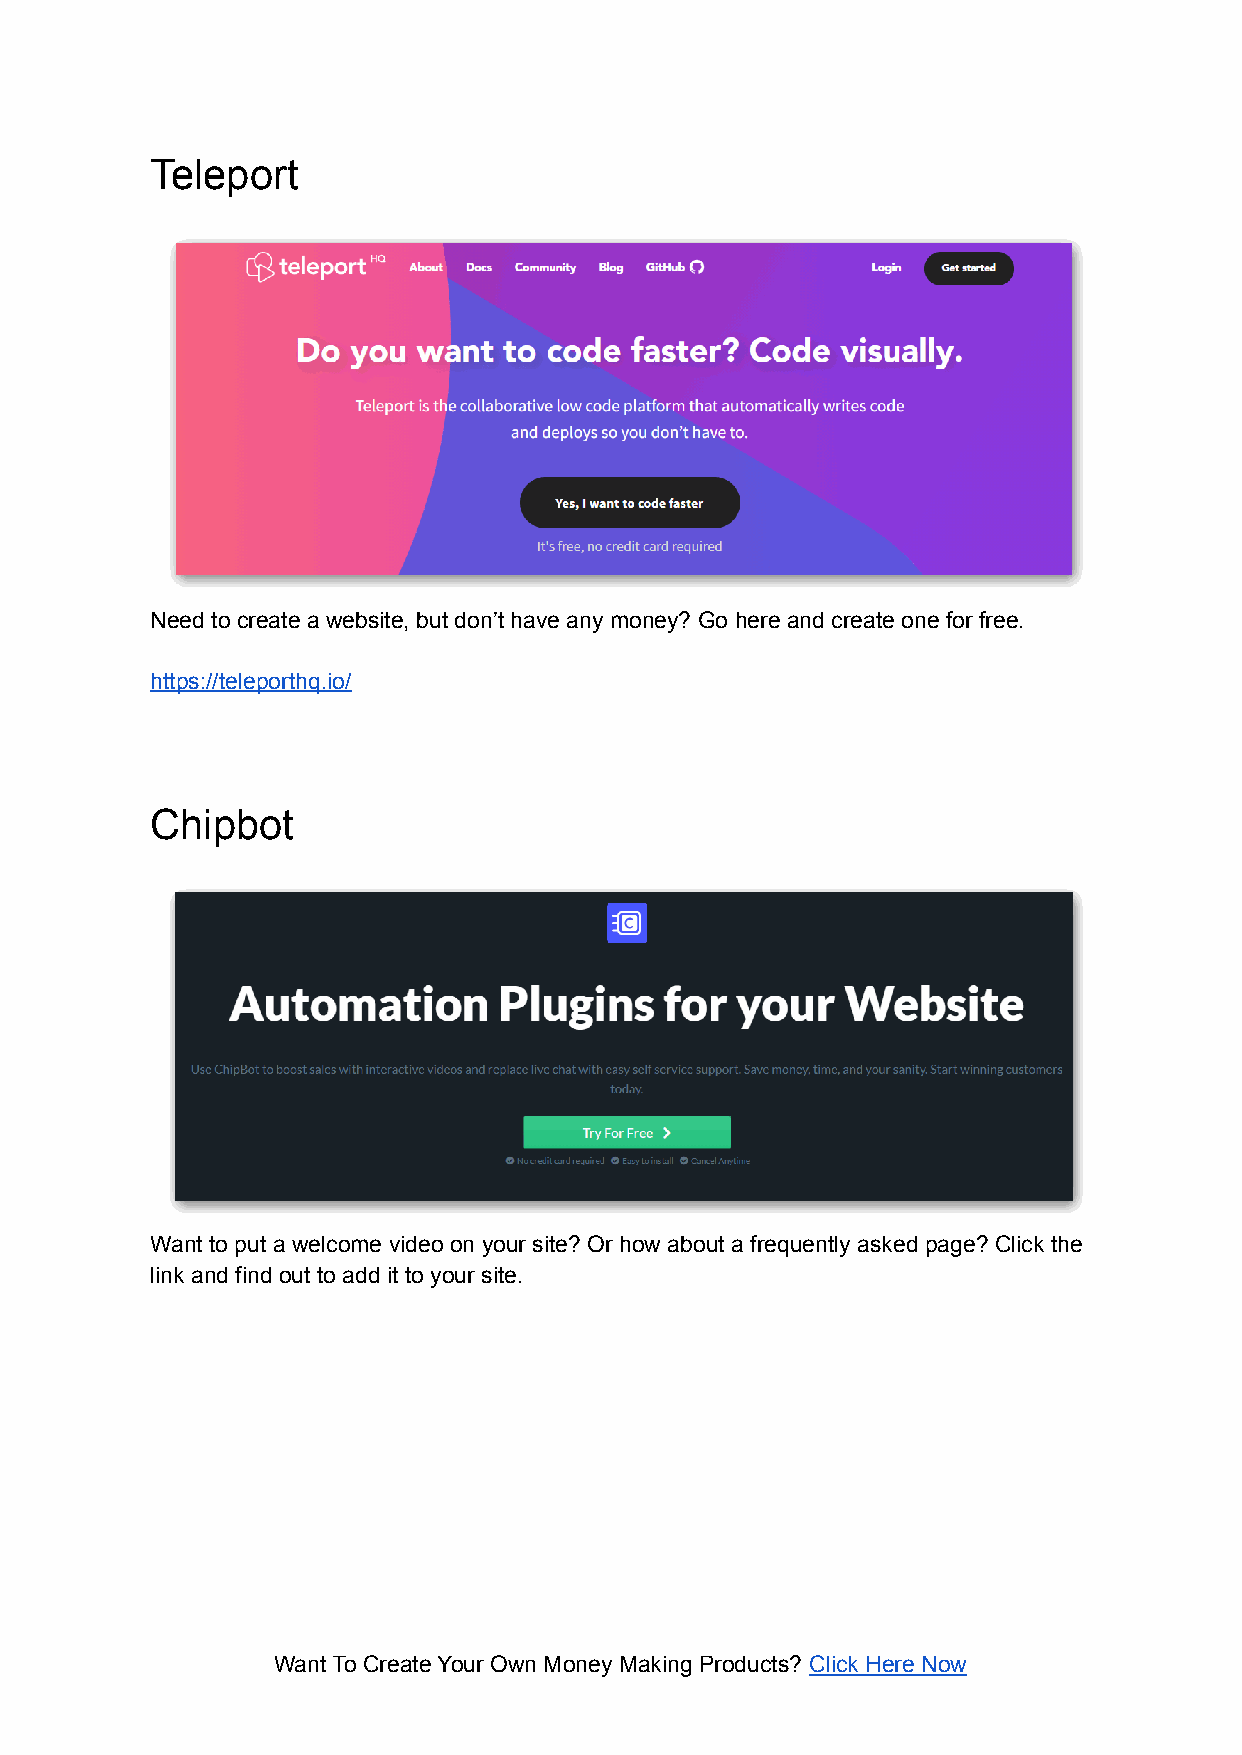
Teleport
 Need to create a website, but don’t have any money? Go here and create one for free.
 https://teleporthq.io/
 Chipbot
 Want to put a welcome video on your site? Or how about a frequently asked page? Click the
 link and find out to add it to your site.
 Want To Create Your Own Money Making Products? Click Here Now